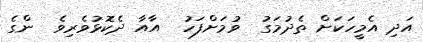
އަދި އެމީހަކަށް ތެދުމަގު  ވުމަށްފަހު  އާއާ ދެކޮޅުވެރިވެ  ންގެ